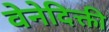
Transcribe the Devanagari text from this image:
वेनेदिक्ती